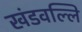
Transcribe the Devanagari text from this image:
खंडवल्लि